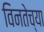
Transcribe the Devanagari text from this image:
विनतेच्या